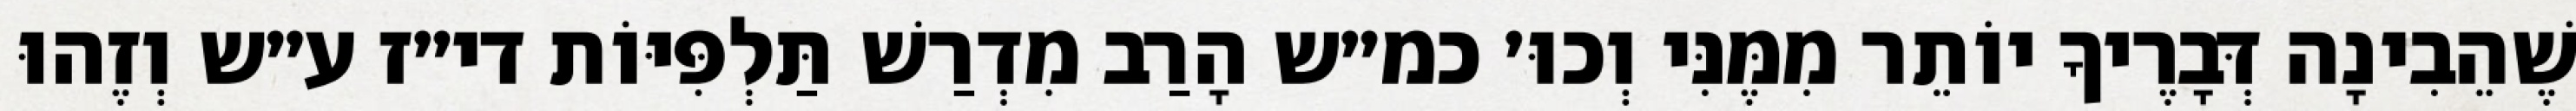
שֶׁהֵבִינָה דְּבָרֶיךָ יוֹתֵר מִמֶּנִּי וְכוּ׳ כמ״ש הָרַב מִדְרַשׁ תַּלְפִּיּוֹת די״ז ע״ש וְזֶהוּ